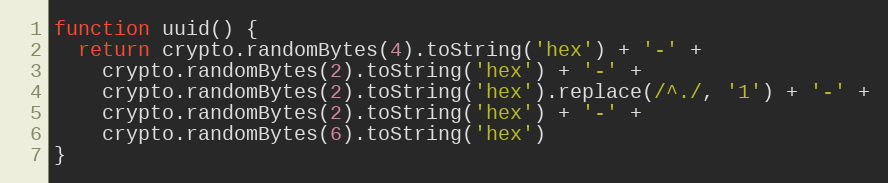
Language: JavaScript
function uuid() {
  return crypto.randomBytes(4).toString('hex') + '-' +
    crypto.randomBytes(2).toString('hex') + '-' +
    crypto.randomBytes(2).toString('hex').replace(/^./, '1') + '-' +
    crypto.randomBytes(2).toString('hex') + '-' +
    crypto.randomBytes(6).toString('hex')
}